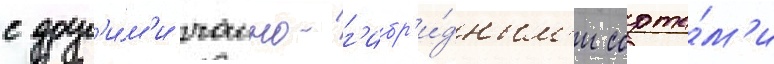
с друг'и́м'и чаино-г'ибр'и́дным'и сорта́м'и